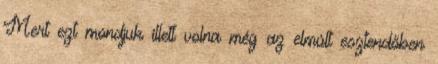
Mert ezt mondjuk illett volna még az elmúlt esztendőben